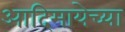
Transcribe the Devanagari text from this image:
आदिमायेच्या